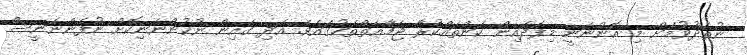
ނުތެދުވުމަށް މި އޮންނަނީ މިފަދައިން ކަންތައްކުރާ ޖަމާޢަތްތަކުގައެވެ. އަދި ގެއިން ނުކުންނަނިކޮށް ނުފެންނަނީސް